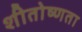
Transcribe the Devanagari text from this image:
शीतोष्णता